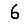
Digit: 6